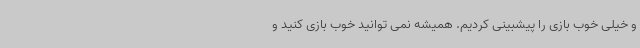
و خیلی خوب بازی را پیشبینی کردیم. همیشه نمی توانید خوب بازی کنید و